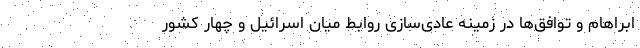
ابراهام و توافق‌ها در زمینه عادی‌سازی روابط میان اسرائیل و چهار کشور